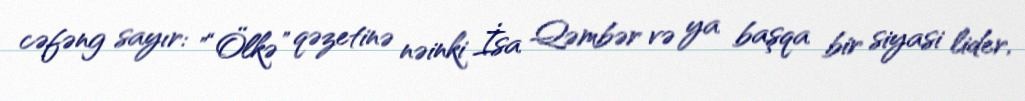
cəfəng sayır: "“Ölkə” qəzetinə nəinki İsa Qəmbər və ya başqa bir siyasi lider,